Report on the lunatic asylums under the Government of Bombay - 1904-1913
Year: 1904
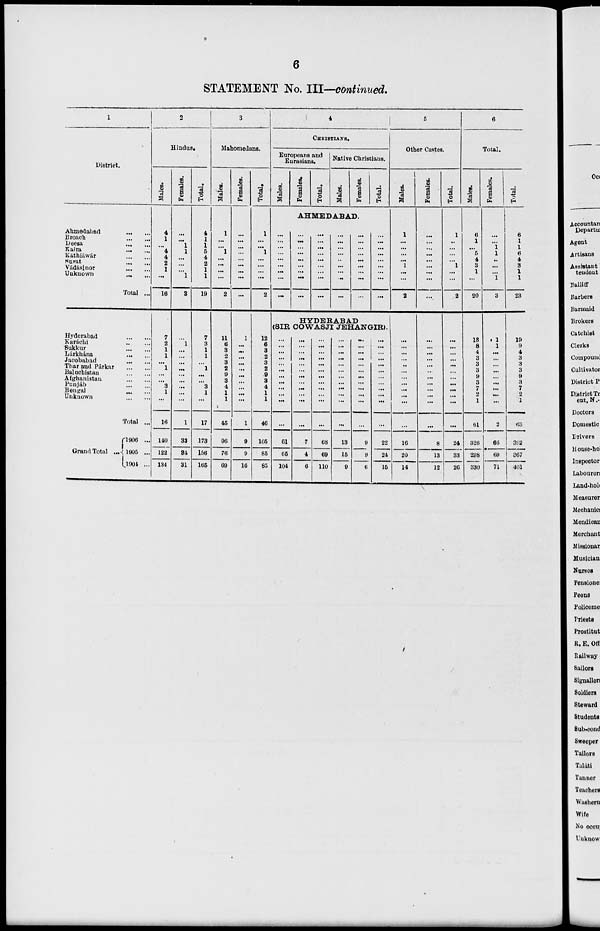
6
STATEMENT No. III—continued.
1
District.
Ahmedabad
...
...
Broach
...
...
Deesa
...
...
Kaira
...
...
Káthiáwár
...
...
Surat
...
...
Vádásinor
...
...
Unknown
...
...
Total ...
Hyderabad
...
...
Karáchi
...
...
Sukkur
...
...
Lárkhána
...
...
Jacobabad
...
...
Thar and Párkar
...
...
Baluchistan
...
...
Afghanistan
...
...
Punjab
...
...
Bengal
...
...
Unknown ... ...
Total ...
Grand Total ...
1906 ...
1905 ...
1904 ...
2
Hindus.
Males.
4
1
...
4
4
2
1
...
16
7
2
1
1
...
1
...
...
3
1
...
16
140
122
134
Females.
...
...
1
1
...
...
...
1
3
...
1
...
...
...
...
...
...
...
...
...
1
33
34
31
Total.
4
1
1
5
4
2
1
1
19
7
3
1
1
...
1
...
...
3
1
...
17
173
156
165
3
Mahomedans.
Males.
1
...
...
1
...
...
...
...
2
11
6
3
2
3
2
9
3
4
1
1
45
96
76
69
Females.
...
...
...
...
...
...
...
...
...
1
...
...
...
...
...
...
...
...
...
...
1
9
9
16
Total.
1
...
...
1
...
...
...
...
2
12
6
3
2
3
2
9
3
4
1
1
46
105
85
85
4
CHRISTIANS.
Europeans and
Eurasians.
Males.
...
...
...
...
...
...
...
...
...
Females.
Total.
Native Christians.
Males.
Females.
AHMEDABAD.
...
...
...
...
...
...
...
...
...
...
...
...
...
...
...
...
...
...
...
...
...
...
...
...
...
...
...
...
...
...
...
...
...
...
...
...
Total.
...
...
...
...
...
...
...
...
...
HYDERABAD
(SIR COWASJI JEHANGIR).
...
...
...
...
...
...
...
...
...
...
...
...
61
65
104
...
...
...
...
...
...
...
...
...
...
...
...
7
4
6
...
...
...
...
...
...
...
...
...
...
...
...
68
69
110
...
...
...
...
...
...
...
...
...
...
...
...
13
15
9
...
...
...
...
...
...
...
...
...
...
...
...
9
9
6
...
...
...
...
...
...
...
...
...
...
...
...
22
24
15
5
Other Castes.
Males.
1
...
...
...
...
1
...
...
2
...
...
...
...
...
...
...
...
...
...
...
...
16
20
14
Females.
...
...
...
...
...
...
...
...
...
...
...
...
...
...
...
...
...
...
...
...
...
8
13
12
Total.
1
...
...
...
...
1
...
...
2
...
...
...
...
...
...
...
...
...
...
...
...
24
33
26
6
Total.
Males.
6
1
...
5
4
3
1
...
20
18
8
4
3
3
3
9
3
7
2
1
61
326
298
330
Females.
...
...
1
1
...
...
...
1
3
1
1
...
...
...
...
...
...
...
...
...
2
60
69
71
Total.
6
1
1
6
4
3
1
1
23
19
9
4
3
3
3
9
3
7
2
1
63
392
367
401